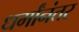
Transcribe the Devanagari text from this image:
धर्मांनंतर